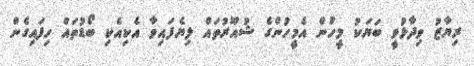
ރިޔާޒު ވިދާޅުވީ ބަޔަކު މީހުން އެމީހުންގެ ޝުއޫރުތައް ލިޔެފައިވާ އެކިއެކި ބޯޑުތައް ހިފައިގެން